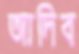
আদিব